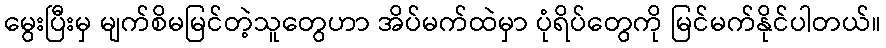
မွေးပြီးမှ မျက်စိမမြင်တဲ့သူတွေဟာ အိပ်မက်ထဲမှာ ပုံရိပ်တွေကို မြင်မက်နိုင်ပါတယ်။